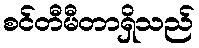
စင်တီမီတာရှိသည်